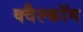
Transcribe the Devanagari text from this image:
क्वैल्कॉम